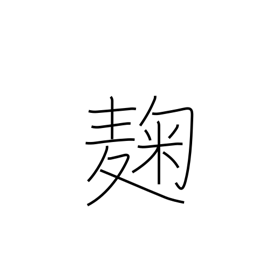
Meaning: yeast